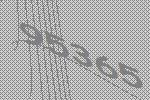
95365